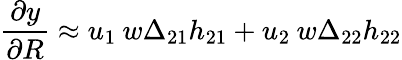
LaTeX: \frac{\partial y}{\partial R}\approx u_{1}\: w\Delta_{21}h_{21}+u_{2}\: w\Delta_{22}h_{22}